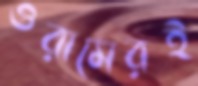
ওরামেরই